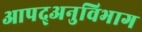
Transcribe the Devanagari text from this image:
आपद्अनुविभाग